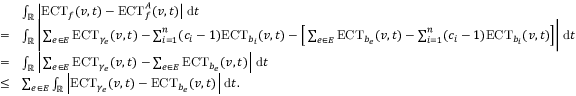
\begin{array} { r l } & { \int _ { \mathbb { R } } \big | \mathrm { E C T } _ { f } ( v , t ) - \mathrm { E C T } _ { f } ^ { A } ( v , t ) \big | \; \mathrm { d } t } \\ { = } & { \int _ { \mathbb { R } } \bigg | \sum _ { e \in E } \mathrm { E C T } _ { \gamma _ { e } } ( v , t ) - \sum _ { i = 1 } ^ { n } ( c _ { i } - 1 ) \mathrm { E C T } _ { b _ { i } } ( v , t ) - \Big [ \sum _ { e \in E } \mathrm { E C T } _ { b _ { e } } ( v , t ) - \sum _ { i = 1 } ^ { n } ( c _ { i } - 1 ) \mathrm { E C T } _ { b _ { i } } ( v , t ) \Big ] \bigg | \; \mathrm { d } t } \\ { = } & { \int _ { \mathbb { R } } \Big | \sum _ { e \in E } \mathrm { E C T } _ { \gamma _ { e } } ( v , t ) - \sum _ { e \in E } \mathrm { E C T } _ { b _ { e } } ( v , t ) \Big | \; \mathrm { d } t } \\ { \leq } & { \sum _ { e \in E } \int _ { \mathbb { R } } \Big | \mathrm { E C T } _ { \gamma _ { e } } ( v , t ) - \mathrm { E C T } _ { b _ { e } } ( v , t ) \Big | \; \mathrm { d } t . } \end{array}